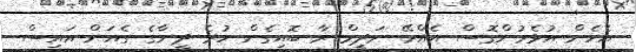
އެހެން އުޅެމުންގޮސް އެއްރޭ ނަދީމް ރާ ބޮއިގެން ހުރެ ދީނާގެ ގެއަށް އައިސް